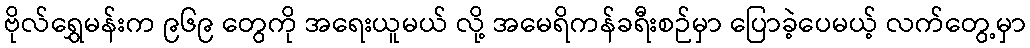
ဗိုလ်ရွှေမန်းက ၉၆၉ တွေကို အရေးယူမယ် လို့ အမေရိကန်ခရီးစဉ်မှာ ပြောခဲ့ပေမယ့် လက်တွေ့မှာ